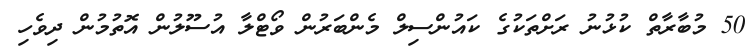
50 މުބާރާތް ކުޅުނު ރަށްތަކުގެ ކައުންސިލް މެންބަރުން ވޯޓްލާ އުސޫލުން އޮތުމުން ދިވެހި